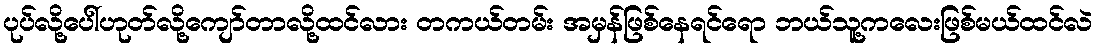
ပုပ်လို့ပေါ်ဟုတ်လို့ကျော်တာလို့ထင်လား တကယ်တမ်း အမှန်ဖြစ်နေရင်ရော ဘယ်သူ့ကလေးဖြစ်မယ်ထင်လဲ